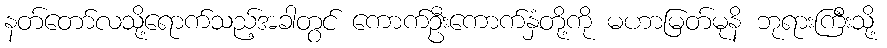
နတ်တော်လသို့ရောက်သည့်အခါတွင် ကောက်ဦးကောက်နှံတို့ကို မဟာမြတ်မုနိ ဘုရားကြီးသို့